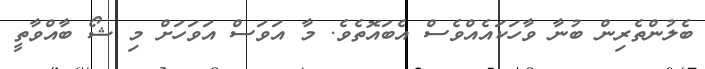
ބެލުންތެރިން ބުނާ ވާހަކައެއްވެސް އެބައޮތެވެ. މާ އަވަސް އަވަހަށް މި ޝޯ ބާއްވާތީ